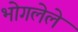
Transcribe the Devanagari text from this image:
भोगलेले